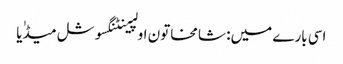
اسی بارے میں: شامخاتون اولپینٹنگسوشل میڈٰیا